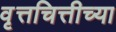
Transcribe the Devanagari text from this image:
वृत्तचित्तीच्या